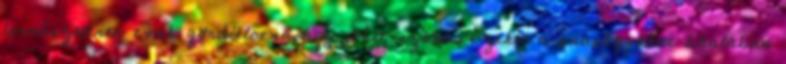
természetesen csak gördülőcsapágy jöhet szóba. Ezeket a csapágyakat általában